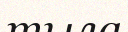
тыла